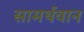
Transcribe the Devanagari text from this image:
सामर्थवान